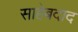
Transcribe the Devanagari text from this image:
साहेबदाद